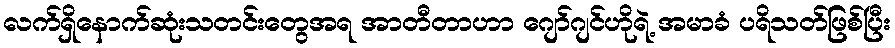
လက်ရှိနောက်ဆုံးသတင်းတွေအရ အာတီတာဟာ ဂျော်ဂျင်ဟိုရဲ့ အမာခံ ပရိသတ်ဖြစ်ပြီး